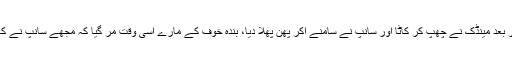
تھوڑی دیر بعد مینڈک نے چھپ کر کاٹا اور سانپ نے سامنے آکر پھن پھلا دیا، بندہ خوف کے مارے اسی وقت مر گیا کہ مجھے سانپ نے کاٹ لیا ہے۔